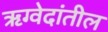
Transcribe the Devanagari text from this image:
ॠग्वेदांतील